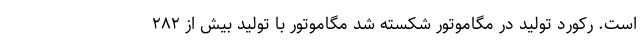
است. رکورد تولید در مگاموتور شکسته شد مگاموتور با تولید بیش از ۲۸۲